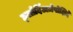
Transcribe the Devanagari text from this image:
छ्लोर्दिअज़ेपोक्षिदे